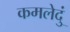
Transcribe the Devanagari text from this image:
कमलेदुं